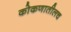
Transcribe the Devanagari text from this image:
कोकणातीलच